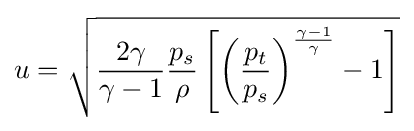
u={\sqrt {{\frac {2\gamma }{\gamma -1}}{\frac {p_{s}}{\rho }}\left[\left({\frac {p_{t}}{p_{s}}}\right)^{\frac {\gamma -1}{\gamma }}-1\right]}}